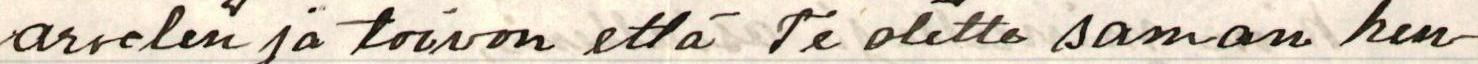
arvelen ja toivon että Te olette saman hen-